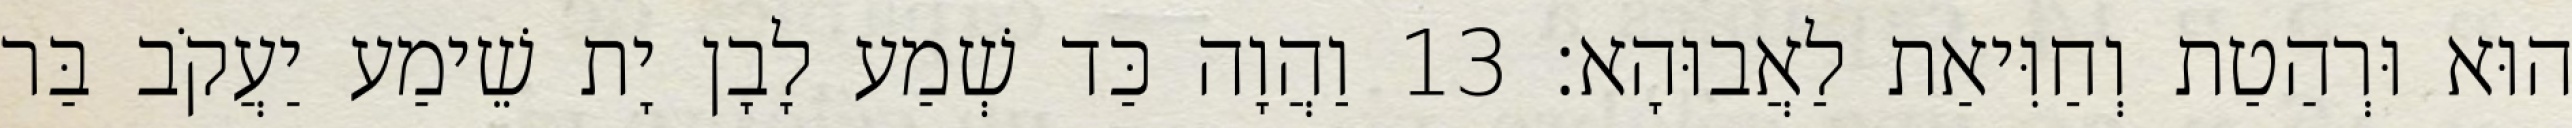
הוּא וּרְהַטַת וְחַוִּיאַת לַאֲבוּהָא׃ 13 וַהֲוָה כַּד שְׁמַע לָבָן יָת שֵׁימַע יַעֲקֹב בַּר